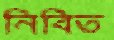
নিবিত